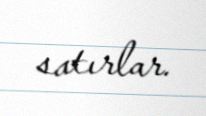
satırlar.